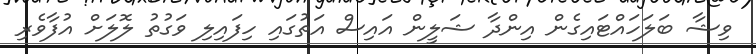
ވިޝާ ބަލަހައްޓައިގެން އިންދާ ޝަލީން އައިސް އަތުގައި ހިފައިލި ވަގުތު ލޮލަށް އުފާވެރި